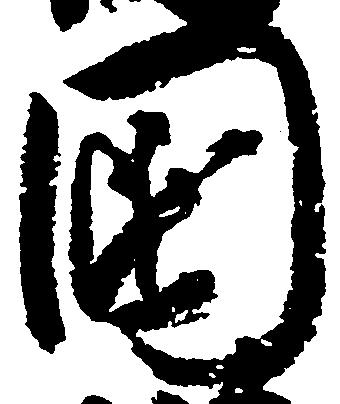
国